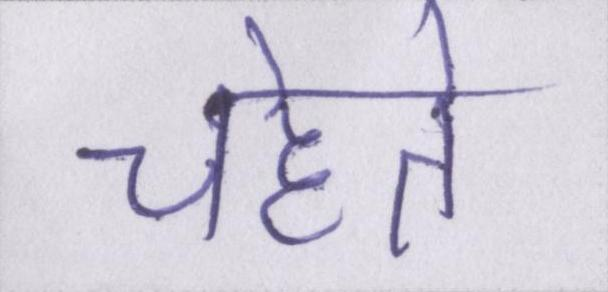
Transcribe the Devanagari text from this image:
चहेते